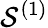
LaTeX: \mathcal{S}^{{(1)}}